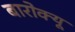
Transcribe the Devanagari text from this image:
बारोक्यू